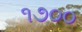
૧૭૦૦